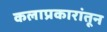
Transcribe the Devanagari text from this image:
कलाप्रकारांतून